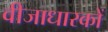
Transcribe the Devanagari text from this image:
वीजाधारकों